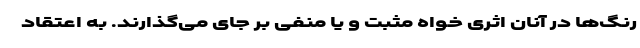
رنگ‌ها در آنان اثری خواه مثبت و یا منفی بر جای می‌گذارند. به اعتقاد